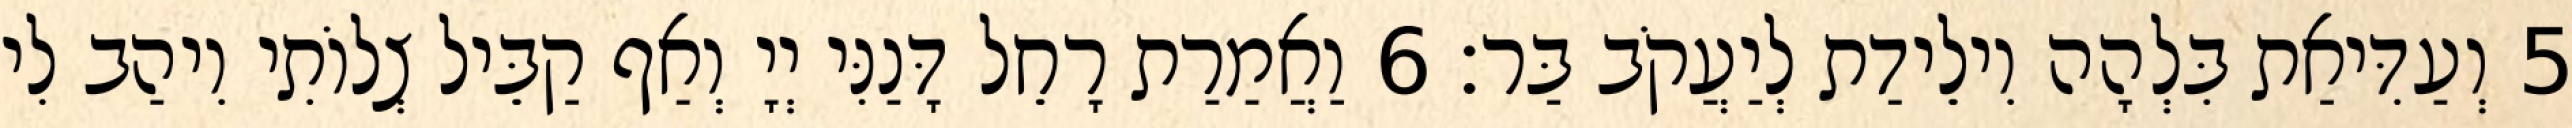
5 וְעַדִּיאַת בִּלְהָה וִילֵידַת לְיַעֲקֹב בַּר׃ 6 וַאֲמַרַת רָחֵל דָּנַנִּי יְיָ וְאַף קַבֵּיל צְלוֹתִי וִיהַב לִי